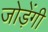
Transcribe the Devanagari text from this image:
जोड़ेंगी